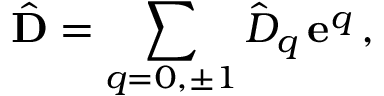
{ \hat { \bf D } } = \sum _ { q = 0 , \pm 1 } { \hat { D } } _ { q } \, { \bf e } ^ { q } \, ,